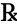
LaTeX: \textrecipe